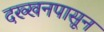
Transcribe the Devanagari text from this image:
दख्खनपासून